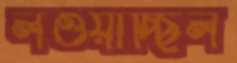
লওয়াচ্ছিল